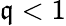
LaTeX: \mathfrak{q}<1